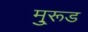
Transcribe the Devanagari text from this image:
मु्रूड